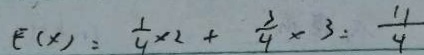
F ( x ) = \frac { 1 } { 4 } \times 2 + \frac { 3 } { 4 } \times 3 = \frac { 1 1 } { 4 }